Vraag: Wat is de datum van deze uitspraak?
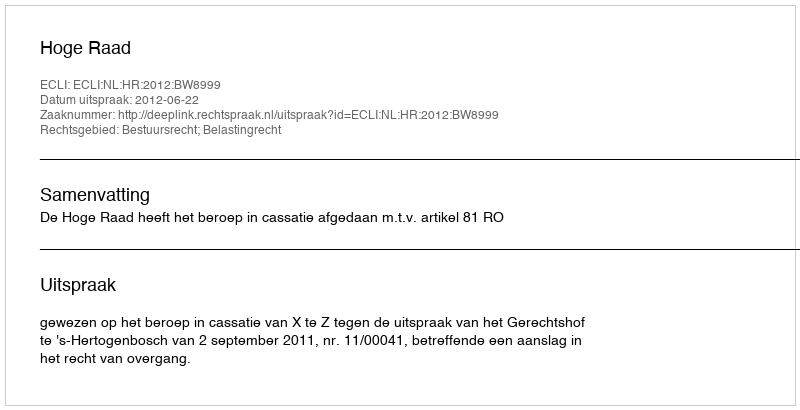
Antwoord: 2012-06-22